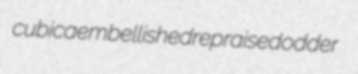
cubica embellished repraise dodder